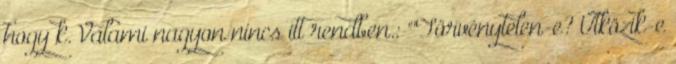
hogy k. Valami nagyon nincs itt rendben.: "'Törvénytelen-e? Ütközik-e